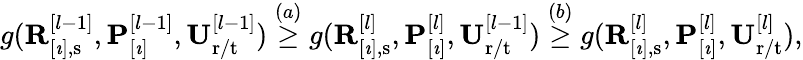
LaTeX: \begin{array}{r}{g(\mathbf{R}_{[\imath],\mathrm{s}}^{[l-1]},\mathbf{P}_{[\imath]}^{[l-1]},\mathbf{U}_{\mathrm{r}/\mathrm{t}}^{[l-1]})\overset{(a)}{\geq}g(\mathbf{R}_{[\imath],\mathrm{s}}^{[l]},\mathbf{P}_{[\imath]}^{[l]},\mathbf{U}_{\mathrm{r}/\mathrm{t}}^{[l-1]})\overset{(b)}{\geq}g(\mathbf{R}_{[\imath],\mathrm{s}}^{[l]},\mathbf{P}_{[\imath]}^{[l]},\mathbf{U}_{\mathrm{r}/\mathrm{t}}^{[l]}),}\end{array}